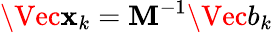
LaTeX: \Vec{\mathbf{x}}_{k}=\mathbf{{M}}^{-1}\Vec{b}_{k}